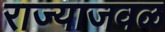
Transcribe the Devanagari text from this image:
राज्याजवळ